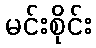
မင်းစိုင်း